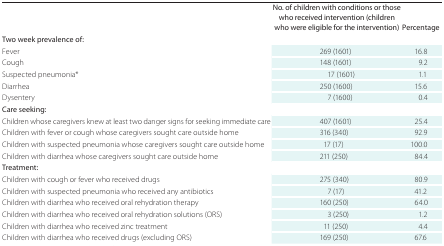
<table><thead><tr><td></td><td><b>No. of children with conditions or those who received intervention (children who were eligible for the intervention)</b></td><td><b>Percentage</b></td></tr></thead><tbody><tr><td><b>Two week prevalence of:</b></td><td></td><td></td></tr><tr><td>Fever</td><td>269 (1601)</td><td>16.8</td></tr><tr><td>Cough</td><td>148 (1601)</td><td>9.2</td></tr><tr><td>Suspected pneumonia*</td><td>17 (1601)</td><td>1.1</td></tr><tr><td>Diarrhea</td><td>250 (1600)</td><td>15.6</td></tr><tr><td>Dysentery</td><td>7 (1600)</td><td>0.4</td></tr><tr><td><b>Care seeking:</b></td><td></td><td></td></tr><tr><td>Children whose caregivers knew at least two danger signs for seeking immediate care</td><td>407 (1601)</td><td>25.4</td></tr><tr><td>Children with fever or cough whose caregivers sought care outside home</td><td>316 (340)</td><td>92.9</td></tr><tr><td>Children with suspected pneumonia whose caregivers sought care outside home</td><td>17 (17)</td><td>100.0</td></tr><tr><td>Children with diarrhea whose caregivers sought care outside home</td><td>211 (250)</td><td>84.4</td></tr><tr><td><b>Treatment</b></td><td></td><td></td></tr><tr><td>Children with cough or fever who received drugs</td><td>275 (340)</td><td>80.9</td></tr><tr><td>Children with suspected pneumonia who received any antibiotics</td><td>7 (17)</td><td>41.2</td></tr><tr><td>Children with diarrhea who received oral rehydration therapy</td><td>160 (250)</td><td>64.0</td></tr><tr><td>Children with diarrhea who received oral rehydration solutions (ORS)</td><td>3 (250)</td><td>1.2</td></tr><tr><td>Children with diarrhea who received zinc treatment</td><td>11 (250)</td><td>4.4</td></tr><tr><td>Children with diarrhea who received drugs (excluding ORS)</td><td>169 (250)</td><td>67.6</td></tr></tbody></table>